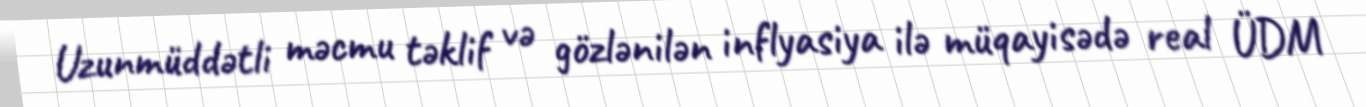
Uzunmüddətli məcmu təklif və gözlənilən inflyasiya ilə müqayisədə real ÜDM